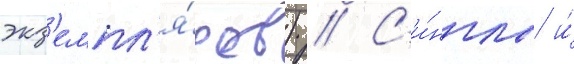
экз'емпл'я́ров) // С'и́нглы и́